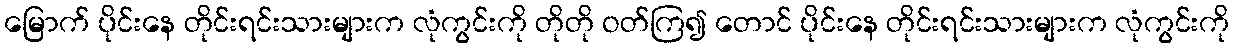
မြောက် ပိုင်းနေ တိုင်းရင်းသားများက လုံကွင်းကို တိုတို ဝတ်ကြ၍ တောင် ပိုင်းနေ တိုင်းရင်းသားများက လုံကွင်းကို